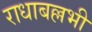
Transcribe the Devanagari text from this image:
राधाबल्लभी